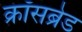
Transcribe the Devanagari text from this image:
क्रॉसब्रेड